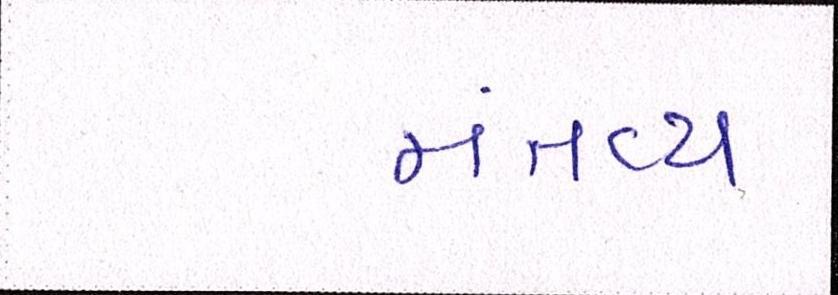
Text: મંતવ્ય